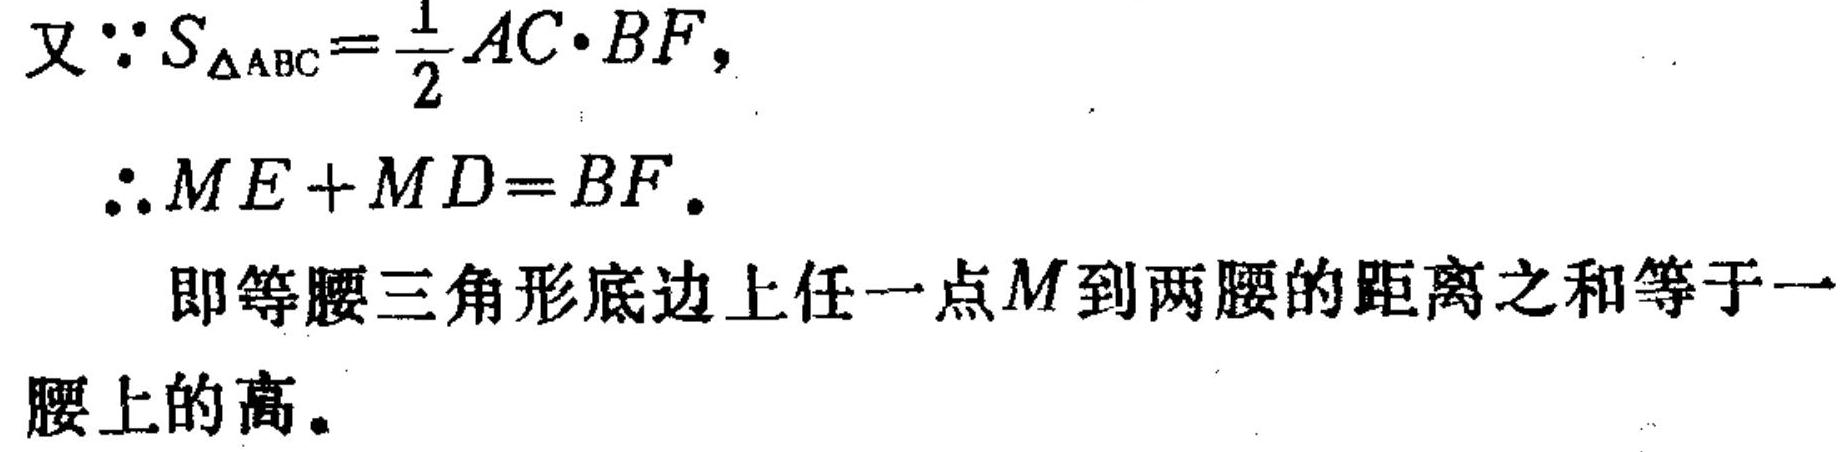
又\(\because S_{\triangle ABC}=\frac{1}{2}AC\cdot BF,\)
\(\therefore ME + MD=BF.\)
即等腰三角形底边上任一点\(M\)到两腰的距离之和等于一腰上的高。